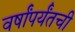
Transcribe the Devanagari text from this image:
वर्षांपर्यंतची